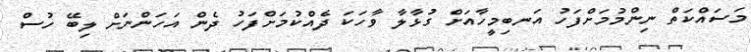
މަސައްކަތް ނިންމުމަށްފަހު އަނބިމީހާއަށް ގުޅާލާ ވާހަކަ ދެއްކުމަށްފަހު ދެން އަހަންނަށް ލިބޭ ހުސް